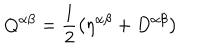
Q ^ { \alpha \beta } = \frac { 1 } { 2 } \left( \eta ^ { \alpha \beta } + D ^ { \alpha \beta } \right)